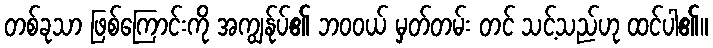
တစ်ခုသာ ဖြစ်ကြောင်းကို အကျွန်ုပ်၏ ဘဝဝယ် မှတ်တမ်း တင် သင့်သည်ဟု ထင်ပါ၏။